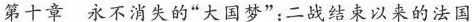
第十章 永不消失的“大国梦”:二战结束以来的法国